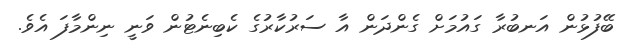
ބޭފުޅުން އަނބުރާ ގައުމަށް ގެންދަން އާ ސަރުކާރުގެ ކެބިނެޓުން ވަނީ ނިންމާފަ އެވެ.